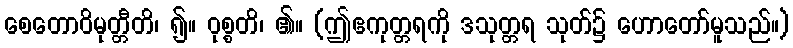
စေတောဝိမုတ္တီတိ၊ ၍။ ဝုစ္စတိ၊ ၏။ (ဤဧကုတ္တရကို ဒသုတ္တရ သုတ်၌ ဟောတော်မူသည်။)